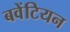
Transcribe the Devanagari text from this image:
बवेंटियन